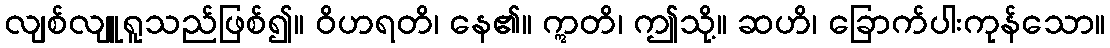
လျစ်လျူရူသည်ဖြစ်၍။ ဝိဟရတိ၊ နေ၏။ ဣတိ၊ ဤသို့။ ဆဟိ၊ ခြောက်ပါးကုန်သော။